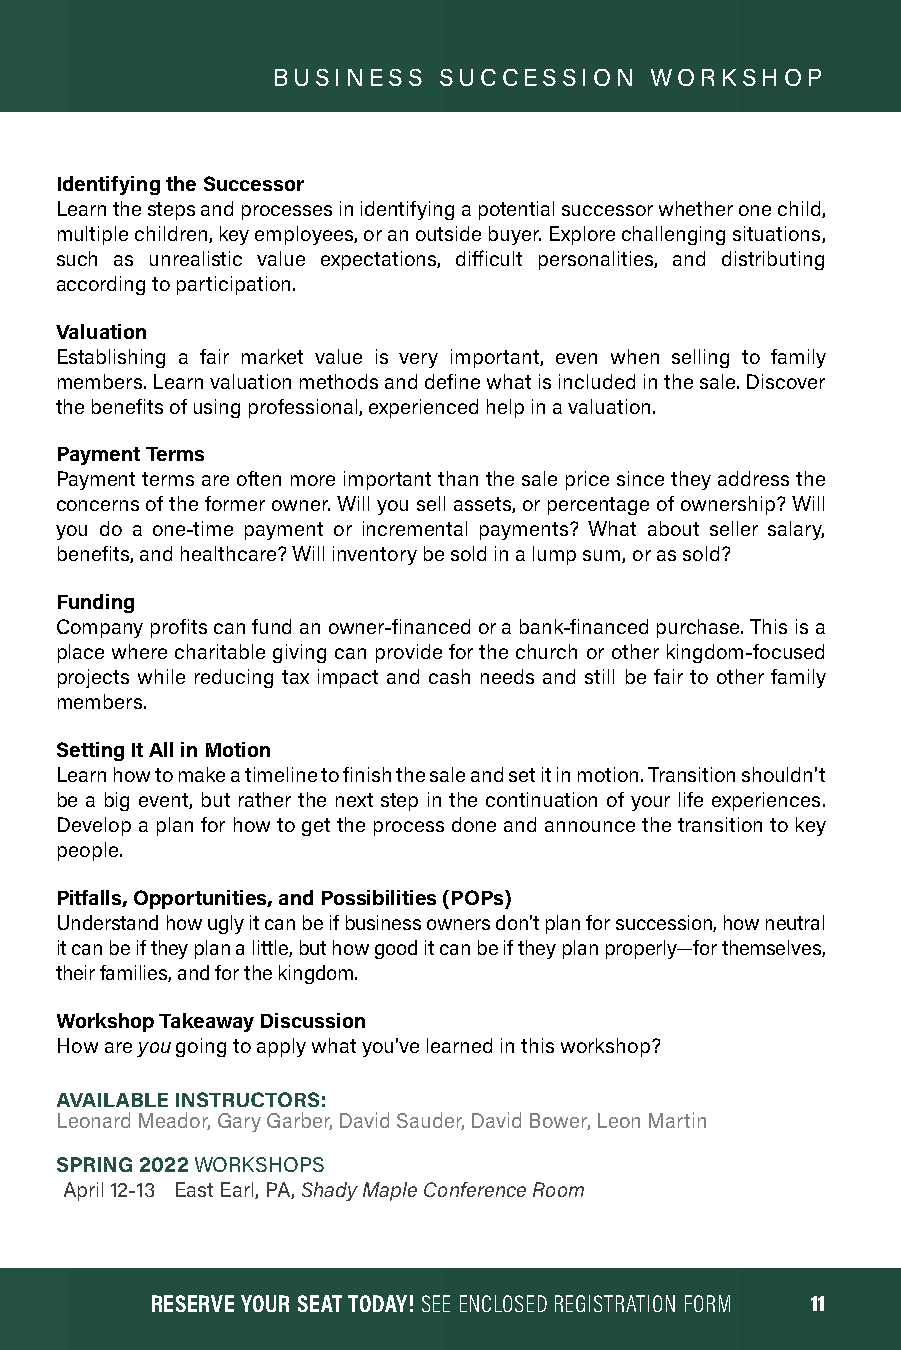
BUSINESS   SUCCESSION    WORKSHOP
 Identifying the Successor
 Learn the steps and processes in identifying a potential successor whether one child,
 multiple children, key employees, or an outside buyer. Explore challenging situations,
 such as unrealistic value expectations, difficult personalities, and distributing
 according to participation.
 Valuation
 Establishing a fair market value is very important, even when selling to family
 members. Learn valuation methods and define what is included in the sale. Discover
 the benefits of using professional, experienced help in a valuation.
 Payment Terms
 Payment terms are often more important than the sale price since they address the
 concerns of the former owner. Will you sell assets, or percentage of ownership? Will
 you do a one-time payment or incremental payments? What about seller salary,
 benefits, and healthcare? Will inventory be sold in a lump sum, or as sold?
 Funding
 Company profits can fund an owner-financed or a bank-financed purchase. This is a
 place where charitable giving can provide for the church or other kingdom-focused
 projects while reducing tax impact and cash needs and still be fair to other family
 members.
 Setting It All in Motion
 Learn how to make a timeline to finish the sale and set it in motion. Transition shouldn’t
 be a big event, but rather the next step in the continuation of your life experiences.
 Develop a plan for how to get the process done and announce the transition to key
 people.
 Pitfalls, Opportunities, and Possibilities (POPs)
 Understand how ugly it can be if business owners don’t plan for succession, how neutral
 it can be if they plan a little, but how good it can be if they plan properly—for themselves,
 their families, and for the kingdom.
 Workshop Takeaway Discussion
 How are you going to apply what you’ve learned in this workshop?
 AVAILABLE INSTRUCTORS:
 Leonard Meador, Gary Garber, David Sauder, David Bower, Leon Martin
 SPRING 2022 WORKSHOPS
 April 12-13 East Earl, PA, Shady Maple Conference Room
 RREESSEERRVVEE YYOOUURR SSEEAATT TTOODDAAYY!! SSEEEE EENNCCLLOOSSEEDD RREEGGIISSTTRRAATTIIOONN FFOORRMM 1111